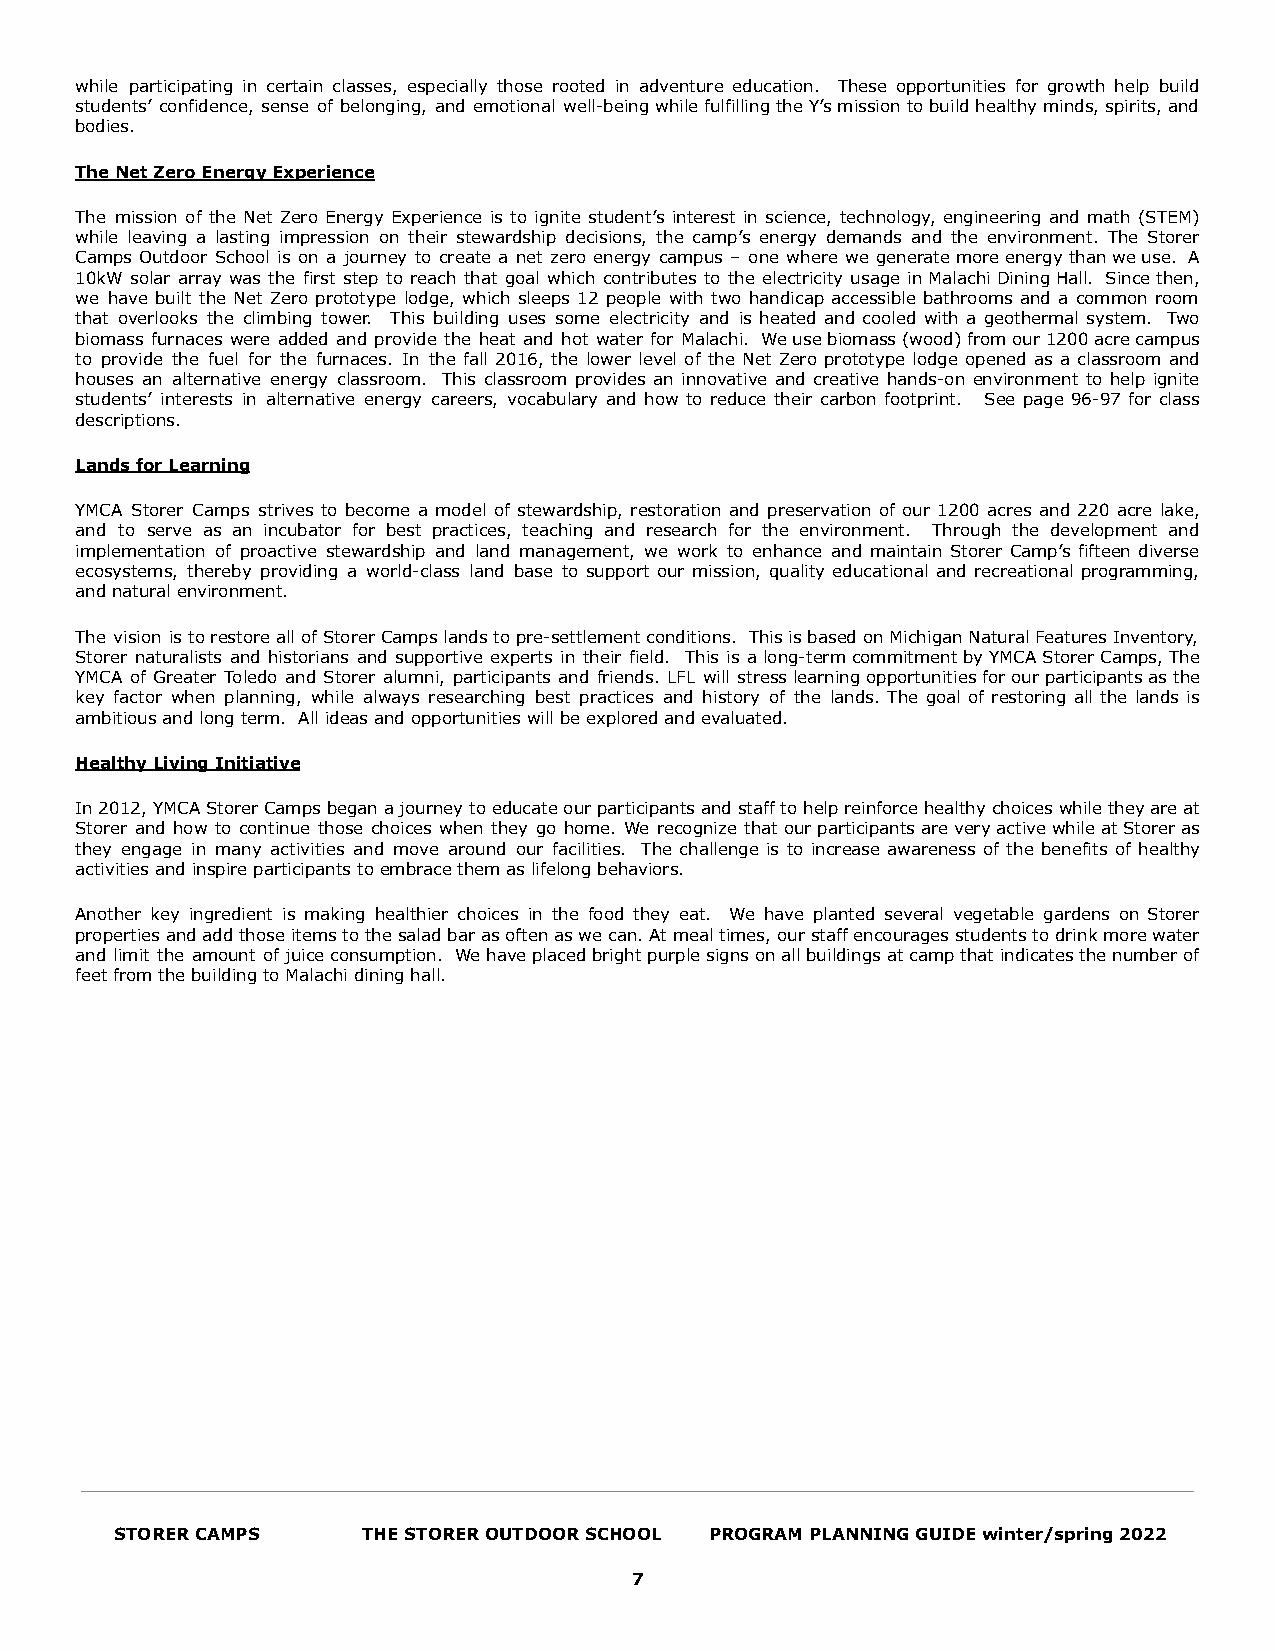
while participating in certain classes, especially those rooted in adventure education. These opportunities for growth help build
 students’ confidence, sense of belonging, and emotional well-beingwhilefulfillingtheY’smissiontobuildhealthyminds,spirits,and
 bodies.
 The Net Zero Energy Experience
 The mission of the Net Zero Energy Experience is to ignite student’s interest in science, technology, engineering and math (STEM)
 while leaving a lasting impression on their stewardship decisions, the camp’s energy demands and the environment. The Storer
 Camps Outdoor School is on a journey to create a net zero energy campus – one where we generatemoreenergythanweuse. A
 10kW solar array was the first step to reach that goal which contributes to the electricity usage inMalachiDiningHall. Sincethen,
 we have built the Net Zero prototype lodge, which sleeps 12 people with two handicap accessible bathrooms and a common room
 that overlooks the climbing tower. This building uses some electricity and is heated and cooled with a geothermal system. Two
 biomass furnaces were added and provide the heat and hot water for Malachi. Weusebiomass(wood)fromour1200acrecampus
 to provide the fuel for the furnaces. In the fall 2016, the lower level of the Net Zero prototype lodge opened as a classroom and
 houses an alternative energy classroom. This classroom provides an innovative and creative hands-on environment to help ignite
 students’ interests in alternative energy careers, vocabulary and how to reduce their carbon footprint. See page 96-97 for class
 descriptions.
 Lands for Learning
 YMCA Storer Camps strives to become a model of stewardship, restoration and preservation of our 1200 acres and 220 acre lake,
 and to serve as an incubator for best practices, teaching and research for the environment. Through the development and
 implementation of proactive stewardship and land management, we work to enhance and maintain Storer Camp’s fifteen diverse
 ecosystems, thereby providing a world-class land base to support our mission, quality educational and recreational programming,
 and natural environment.
 The vision istorestoreallofStorerCampslandstopre-settlementconditions. ThisisbasedonMichiganNaturalFeaturesInventory,
 Storer naturalists and historians and supportive experts in their field. This is along-termcommitmentbyYMCAStorerCamps,The
 YMCA of Greater Toledo and Storer alumni, participants and friends. LFL will stresslearningopportunitiesforourparticipantsasthe
 key factor when planning, while always researching best practices and history of the lands. The goal of restoring all the lands is
 ambitious and long term. All ideas and opportunities will be explored and evaluated.
 Healthy Living Initiative
 In2012,YMCAStorerCampsbeganajourneytoeducateourparticipantsandstafftohelpreinforcehealthychoiceswhiletheyareat
 Storer and how to continue those choices when they go home. We recognize thatourparticipantsareveryactivewhileatStoreras
 they engage in many activities and move around our facilities. The challenge is to increase awareness of the benefits of healthy
 activities and inspire participants to embrace them as lifelong behaviors.
 Another key ingredient is making healthier choices in the food they eat. We have planted several vegetable gardens on Storer
 propertiesandaddthoseitemstothesaladbarasoftenaswecan.Atmealtimes,ourstaffencouragesstudentstodrinkmorewater
 and limit the amount ofjuiceconsumption. Wehaveplacedbrightpurplesignsonallbuildingsatcampthatindicatesthenumberof
 feet from the building to Malachi dining hall.
 STORER CAMPS    THE STORER OUTDOOR SCHOOL PROGRAM PLANNING GUIDE winter/spring 2022
 7